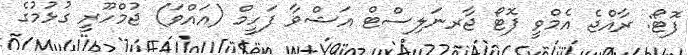
ފޮޓޯ: ރާއްޖެ އެމްވީ ފޮޓޯ ޖާރނަލިސްޓް އަޝްވާ ފަހީމް (އައްވަ) ޖުމްހޫރީ ގުޅުމުގެ